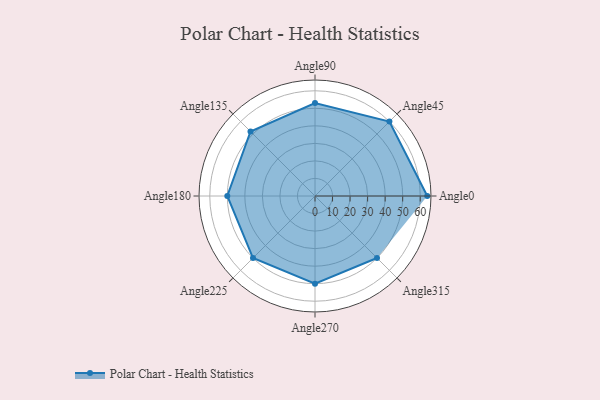
{"axis": {"x": "Angle", "y": "Radius"}, "legend": [""], "data": [{"x": "Angle0", "y": 64.0, "type": ""}, {"x": "Angle45", "y": 60.0, "type": ""}, {"x": "Angle90", "y": 53.0, "type": ""}, {"x": "Angle135", "y": 52.0, "type": ""}, {"x": "Angle180", "y": 50, "type": ""}, {"x": "Angle225", "y": 50, "type": ""}, {"x": "Angle270", "y": 50, "type": ""}, {"x": "Angle315", "y": 50, "type": ""}]}